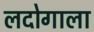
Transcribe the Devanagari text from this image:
लदोगाला